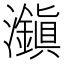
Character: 𤄱